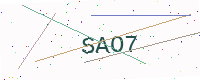
Text: SAO7